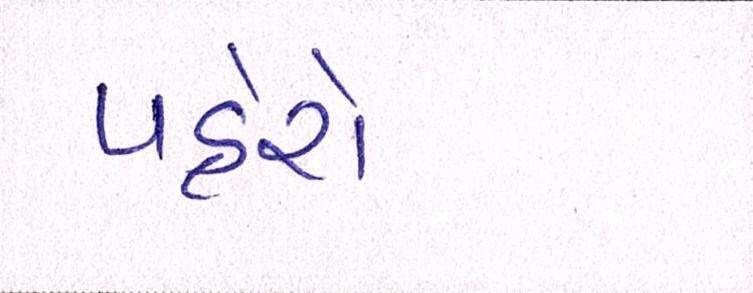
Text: પહેરો